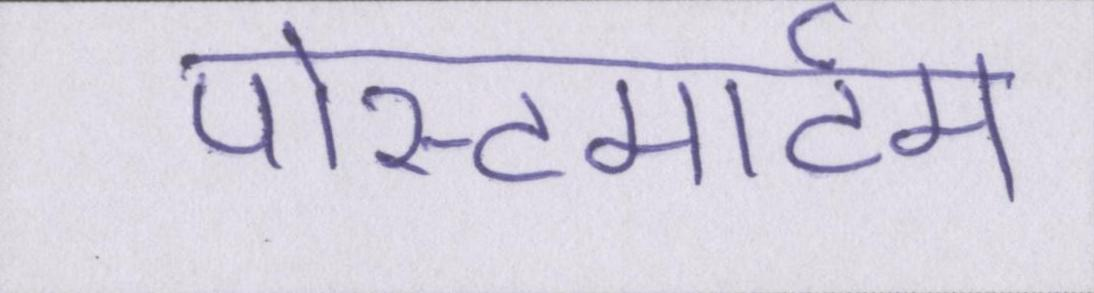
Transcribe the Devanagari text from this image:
पोस्टमार्टम